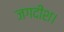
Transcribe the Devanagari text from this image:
जगदीश।